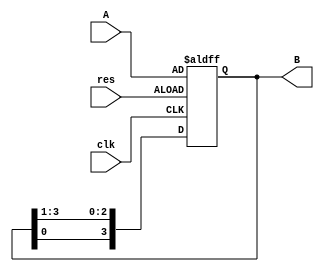
module shift_reg(
    input [3:0] A,
    input clk, res,
    output reg [3:0] B
);
    always @ (posedge clk or negedge res) begin
        if (~res) begin
            B <= A; 
        end
        else begin
            B <= {B[0], B[3:1]};
        end
    end
endmodule